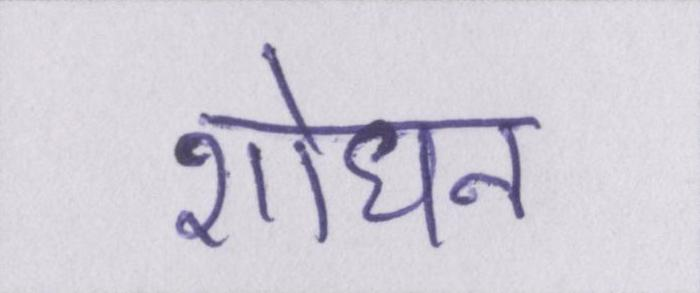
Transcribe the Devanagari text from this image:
शोधन